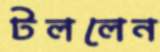
টললেন